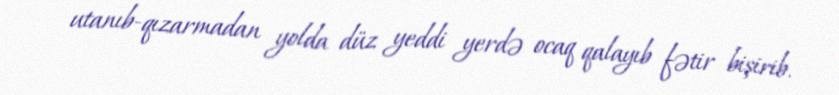
utanıb-qızarmadan yolda düz yeddi yerdə ocaq qalayıb fətir bişirib.